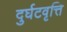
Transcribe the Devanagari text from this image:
दुर्घटवृत्ति